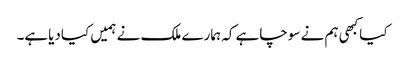
کیاکبھی ہم نے سوچاہے کہ ہمارے ملک نے ہمیں کیادیاہے۔